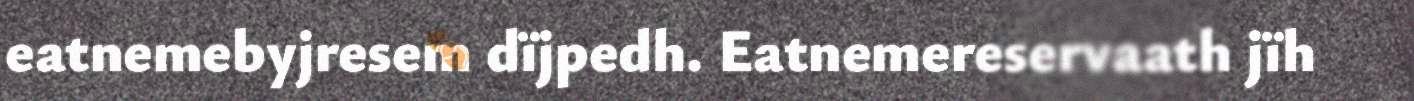
eatnemebyjresem dïjpedh. Eatnemereservaath jïh